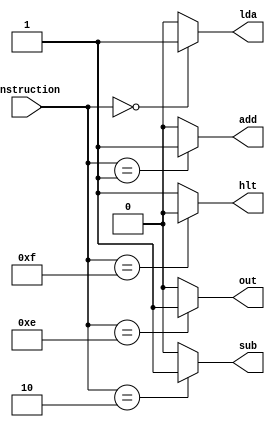
module instruction_decoder(input [3:0] instruction, output lda, add, sub, out, hlt);
/*
LEGENDA
Os sinais lda, add, sub  out sao ativos em HIGH.
O sinal htl esta ativo em LOW
Apenas um desses sinais est ativo de cada vez.
Codigo das instruoes:
LDA 	0000
ADD 	0001
SUB 	0010
OUT 	1110
HLT   1111

o hlt, quando acionado, esta responsavel por parar o clock do pc
*/

assign lda = instruction == 8'b0000 ? 1: 0;

assign add = instruction == 8'b0001 ? 1: 0;

assign sub = instruction == 8'b0010 ? 1: 0;

assign out = instruction == 8'b1110 ? 1: 0;

assign hlt = instruction == 8'b1111 ? 0: 1;


endmodule